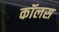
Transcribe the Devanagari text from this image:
कॉलस